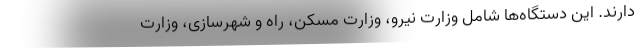
دارند. این دستگاه‌ها شامل وزارت نیرو، وزارت مسکن، راه و شهرسازی، وزارت